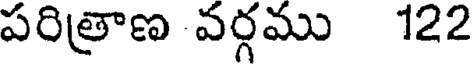
పరిత్రాణ వర్గము 122